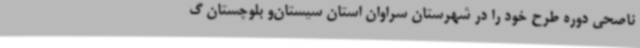
ناصحی دوره طرح خود را در شهرستان سراوان استان سیستان‌و بلوچستان گ